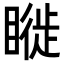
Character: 𥊂